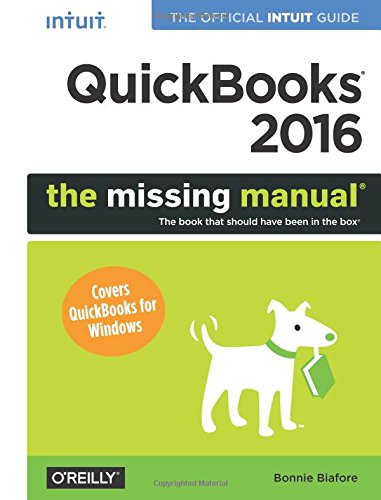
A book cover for QuickBooks 2016: The Missing Manual: The Official Intuit Guide to QuickBooks 2016; Bonnie Biafore; Computers & Technology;